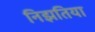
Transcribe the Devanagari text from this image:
निझतिया